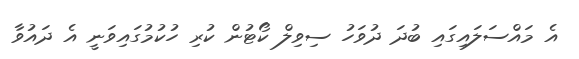
އެ މައްސަލައިގައި ބުދަ ދުވަހު ސިވިލް ކޯޓުން ކުރި ހުކުމުގައިވަނީ އެ ދައުވާ